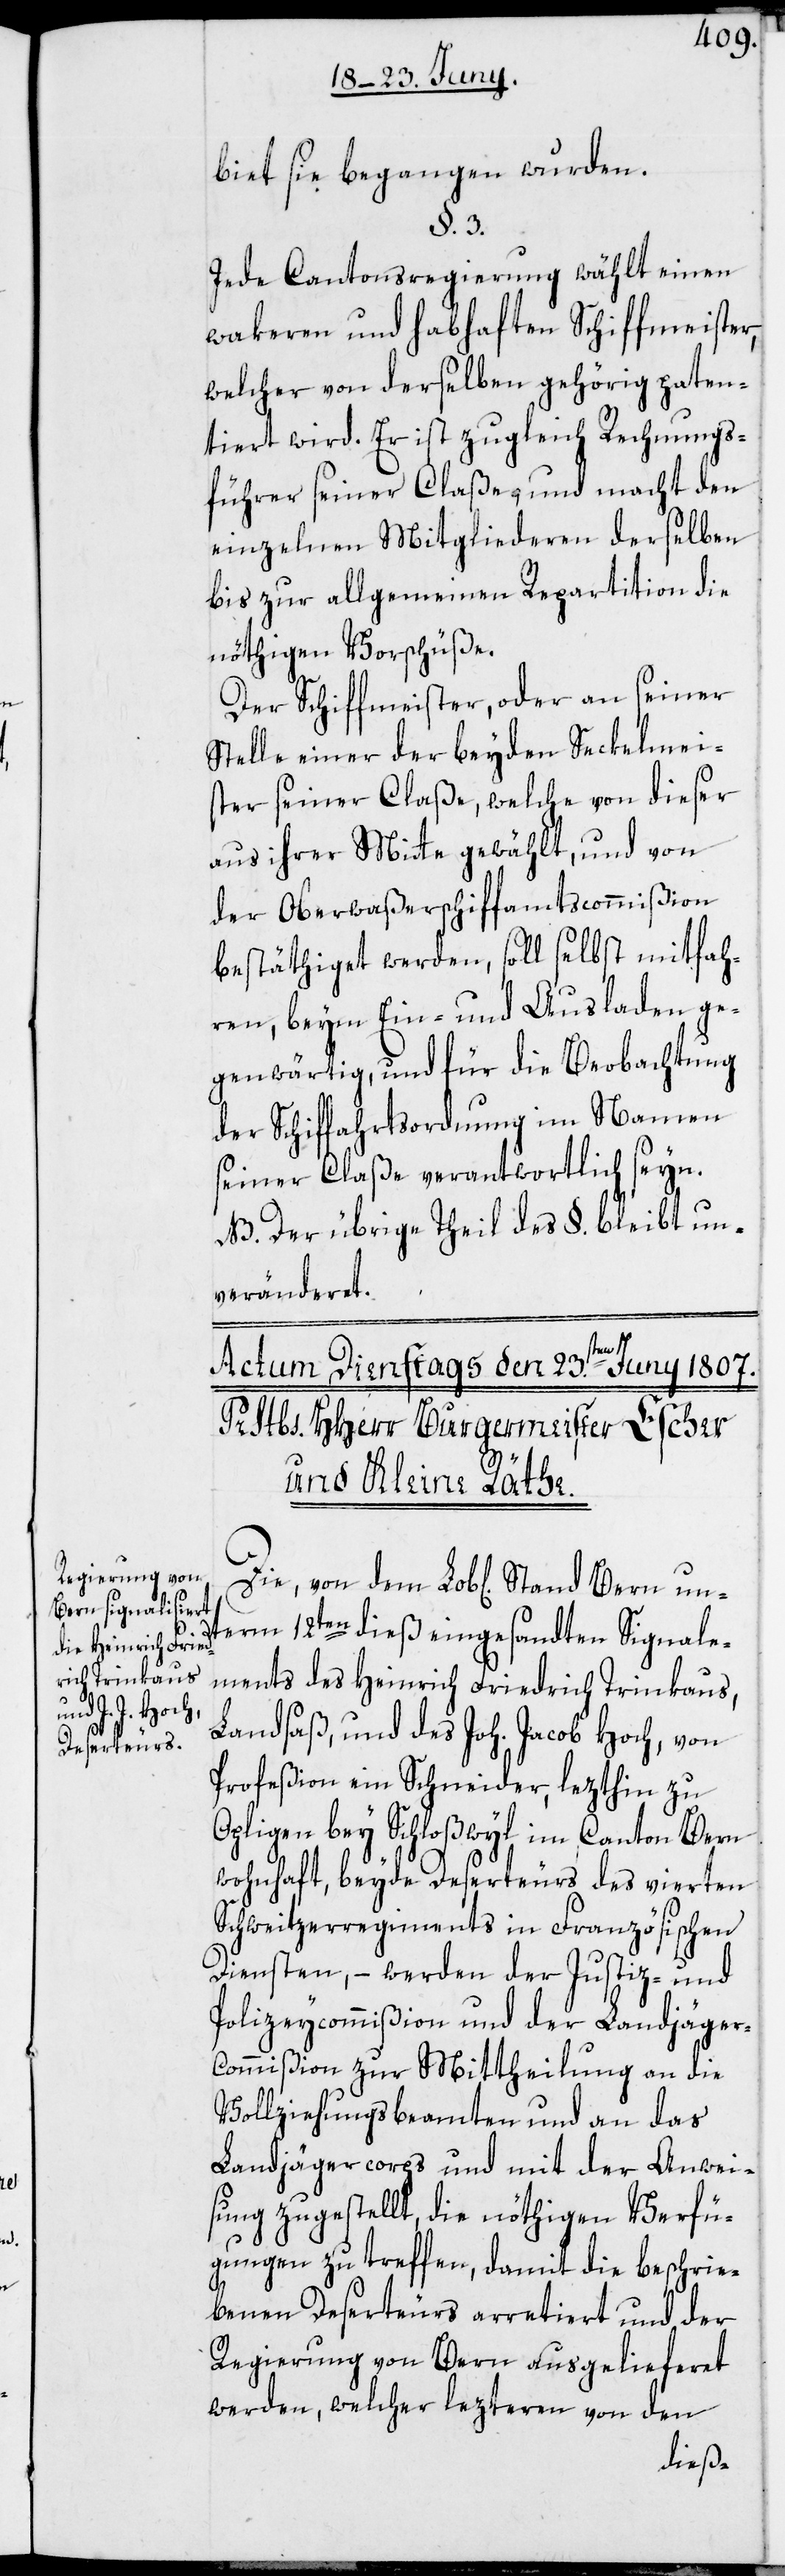
n¬

biet sie begangen wurden.
§. 3.
Jede Cantonsregierung wählt einen
wakeren und habhaften Schiffmeister,
welcher von derselben gehörig paten¬
tiert wird. Er ist zugleich Rechnungs¬
führer seiner Claße, und macht den
einzelnen Mitgliederen derselben
bis zur allgemeinen Repartition die
nöthigen Vorschüße.
Der Schiffmeister, oder an seiner
Stelle einer der beyden Seckelmeis¬
ter seiner Claße, welche von dieser
aus ihrer Mitte gewählt, und von
der Oberwaßerschiffamtscommißion
bestäthiget werden, soll selbst mitfah¬
ren, beym Ein- und Ausladen ge¬
genwärtig, und für die Beobachtung
der Schiffahrtsordnung im Namen
seiner Claße verantwortlich seyn.
NB. Der übrige Theil des §. bleibt un¬
veränderet.
term 12ten dieß eingesandten Signale¬
ments des Heinrich Friedrich Trinkaus,
Landsaß, und des Joh. Jacob Hoch, von
Profeßion ein Schneider, lezthin zu
Opligen bey Schloßwyl im Canton Bern
wohnhaft, beyde Deserteurs des vierten
Schweitzerregiments in Französischen
Diensten, – werden der Justiz- und
Polizeycommißion und der Landjäger¬
commißion zur Mittheilung an die
Vollziehungsbeamten und an das
Landjägercorps und mit der Anwei¬
sung zugestellt, die nöthigen Verfü¬
gungen zu treffen, damit die beschrie¬
benen Deserteurs arretiert und der
Regierung von Bern ausgelieferet
werden, welcher lezteren von den